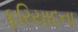
ફરિયાદના